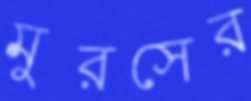
মুরসের